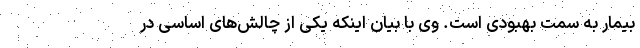
بیمار به سمت بهبودی است. وی با بیان اینکه یکی از چالش‌های اساسی در